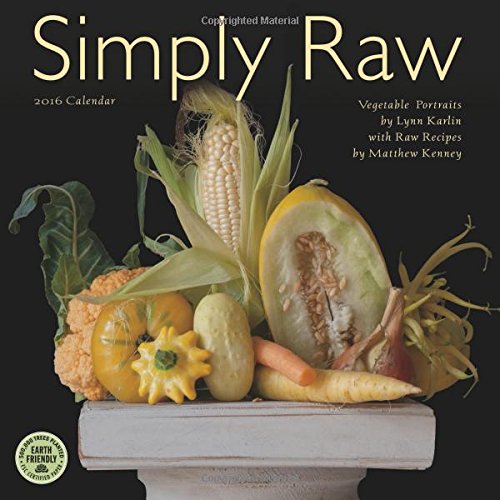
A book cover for Simply Raw 2016 Wall Calendar: Vegetable Portraits with Raw Food Recipes; Matthew Kenney; Calendars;